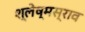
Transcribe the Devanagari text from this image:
श्लेष्मस्राव